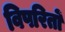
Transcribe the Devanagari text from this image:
विपरितों